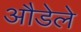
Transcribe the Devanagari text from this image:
औडेले